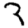
Digit: 3